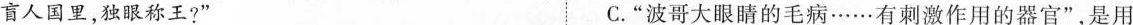
盲人国里，独眼称王?” C.”波哥大眼睛的毛病……有刺激作用的器官”，是用